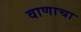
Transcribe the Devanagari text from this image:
वाणाचा